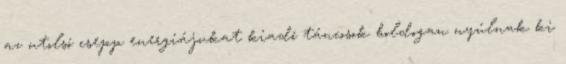
az utolsó csepp energiájukat kiadó táncosok boldogan nyúlnak ki